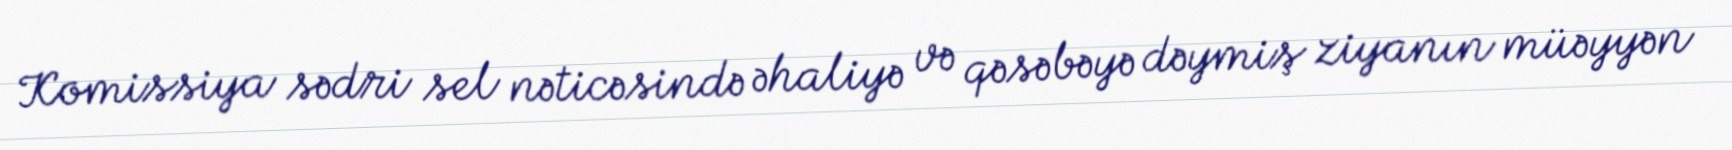
Komissiya sədri sel nəticəsində əhaliyə və qəsəbəyə dəymiş ziyanın müəyyən